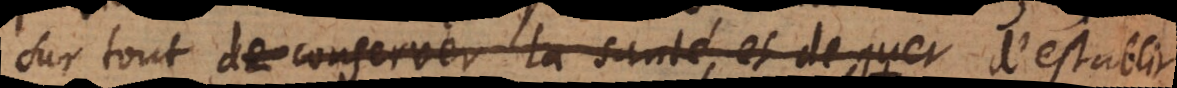
sur tout de conserver la santé, et de guer d’establir